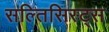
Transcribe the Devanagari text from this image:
सल्तिसिस्ट्स